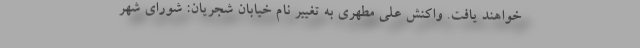
خواهند یافت. واکنش علی مطهری به تغییر نام خیابان شجریان: شورای شهر